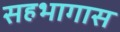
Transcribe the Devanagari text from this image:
सहभागास